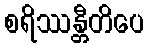
စရိဿန္တီတိပေ